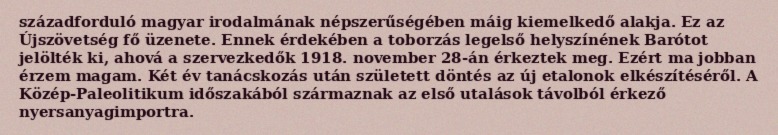
századforduló magyar irodalmának népszerűségében máig kiemelkedő alakja. Ez az Újszövetség fő üzenete. Ennek érdekében a toborzás legelső helyszínének Barótot jelölték ki, ahová a szervezkedők 1918. november 28-án érkeztek meg. Ezért ma jobban érzem magam. Két év tanácskozás után született döntés az új etalonok elkészítéséről. A Közép-Paleolitikum időszakából származnak az első utalások távolból érkező nyersanyagimportra.